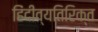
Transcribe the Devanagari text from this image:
हिंदीव्यतिरिक्त